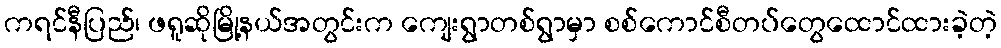
ကရင်နီပြည်၊ ဖရူဆိုမြို့နယ်အတွင်းက ကျေးရွာတစ်ရွာမှာ စစ်ကောင်စီတပ်တွေထောင်ထားခဲ့တဲ့